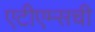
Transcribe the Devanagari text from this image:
एटीएम्सची